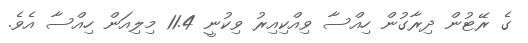
ގެ ރޭޓުން ދިރާގުން ހިއްސާ ވިއްކިއިރު ވިކުނީ 11.4 މިލިއަން ހިއްސާ އެވެ.